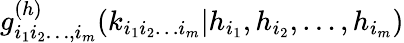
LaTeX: g_{i_{1}i_{2}\ldots,i_{m}}^{(h)}(k_{i_{1}i_{2}\ldots i_{m}}|h_{i_{1}},h_{i_{2}},\ldots,h_{i_{m}})